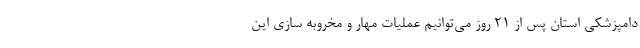
دامپزشکی استان پس از ۲۱ روز می‌توانیم عملیات مهار و مخروبه سازی این